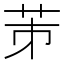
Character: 𦭄